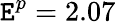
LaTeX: \mathtt{E}^{p}=2.07